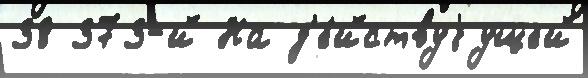
38 373-й На д'е́йствуjущей